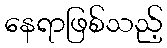
နေရာဖြစ်သည့်